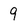
Character: 9